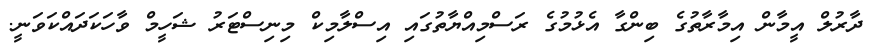
ދާރުލް އީމާން އިމާރާތުގެ ބިންގާ އެޅުމުގެ ރަސްމިއްޔާތުގައި އިސްލާމިކް މިނިސްޓަރު ޝަހީމް ވާހަކަދައްކަވަނީ.